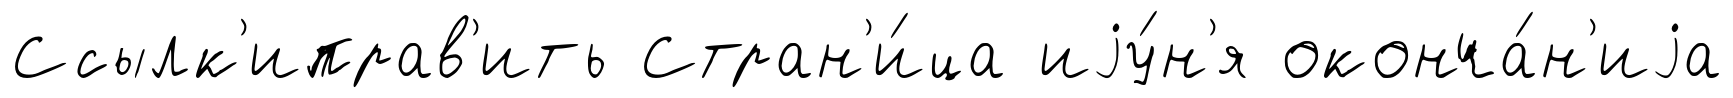
Ссылк'иправ'ить Стран'и́ца иjу́н'я оконча́н'иjа